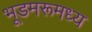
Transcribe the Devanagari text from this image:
भूडमरूमध्य